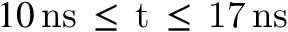
1 0 \, \mathrm { { n s } \, \leq \, t \, \leq \, 1 7 \, \mathrm { { n s } } }